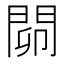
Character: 𨴅